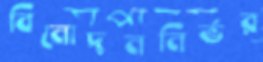
বিনোদননির্ভর